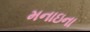
મનાઇના